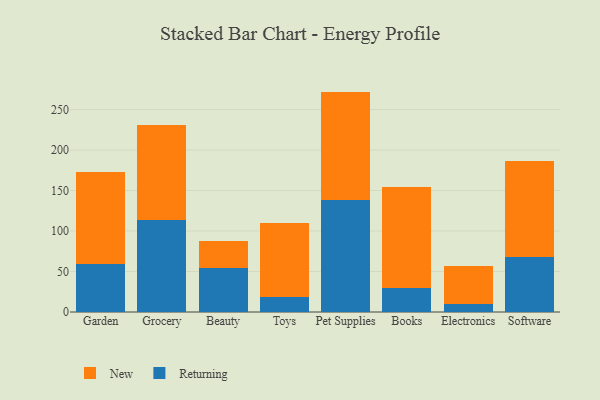
{"axis": {"x": "Category", "y": "Latency (ms)"}, "legend": ["New", "Returning"], "data": [{"x": "Garden", "y": 58.9, "type": "Returning"}, {"x": "Garden", "y": 113.4, "type": "New"}, {"x": "Grocery", "y": 113.3, "type": "Returning"}, {"x": "Grocery", "y": 117.2, "type": "New"}, {"x": "Beauty", "y": 54.1, "type": "Returning"}, {"x": "Beauty", "y": 33.9, "type": "New"}, {"x": "Toys", "y": 18.3, "type": "Returning"}, {"x": "Toys", "y": 91.8, "type": "New"}, {"x": "Pet Supplies", "y": 138.8, "type": "Returning"}, {"x": "Pet Supplies", "y": 133.4, "type": "New"}, {"x": "Books", "y": 29.9, "type": "Returning"}, {"x": "Books", "y": 124.5, "type": "New"}, {"x": "Electronics", "y": 9.3, "type": "Returning"}, {"x": "Electronics", "y": 46.9, "type": "New"}, {"x": "Software", "y": 67.8, "type": "Returning"}, {"x": "Software", "y": 118.1, "type": "New"}]}